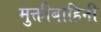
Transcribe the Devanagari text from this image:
मुक्तीबाहिनी